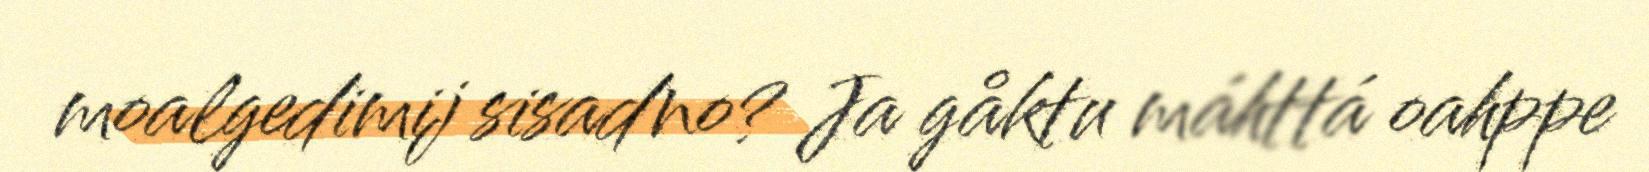
moalgedimij sisadno? Ja gåktu máhttá oahppe